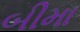
બીમા